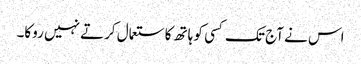
اس نے آج تک کسی کو ہاتھ کا ستعمال کرتے نہیں روکا۔